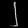
Digit: ၂